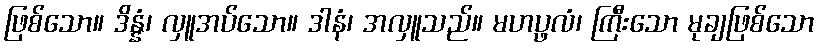
ဖြစ်သော။ ဒိန္နံ၊ လှူအပ်သော။ ဒါနံ၊ အလှူသည်။ မဟပ္ဖလံ၊ ကြီးသော မုချဖြစ်သော